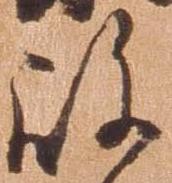
殿